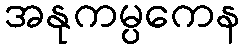
အနုကမ္ပကေန